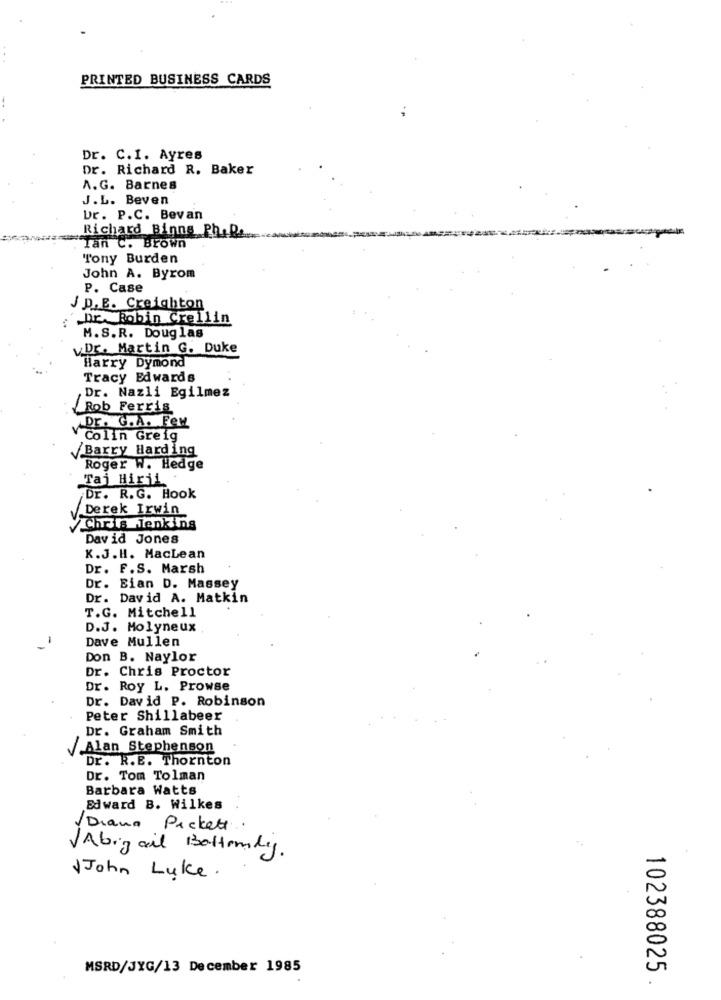
PRINTED BUSINESS CARDS
Dr. C.I. Ayres
Dr. Richard R. Baker
A.G. Barnes
J.L. Beven
Ur. P.C. Bevan
Richard Binns Ph.D ....
Tan C. Brown
Tony Burden
John A. Byrom
P. Case
J p. E. Creighton
Dr. Robin Crellin
M.S.R. Douglas
Dr. Martin G. Duke
Harry Dymond
Tracy Edwards
Dr. Nazli Egilmez
Rob Ferris
Dr. G.A. Few
Colin Greig
/Barry Harding
Roger w. Hedge
Taj Hirii
Dr. R.G. Hook
Derek Irwin
Chris Jenkins
David Jones
K.J.H. MacLean
Dr. F.S. Marsh
Dr. Bian D. Massey
Dr. David A. Matkin
T.G. Mitchell
D.J. Molyneux
Dave Mullen
Don B. Naylor
Dr. Chris Proctor
Dr. Roy L. Prowse
Dr. David P. Robinson
Peter Shillabeer
Dr. Graham Smith
Alan Stephenson
Dr. R.E. Thornton
Dr. Tom Tolman
Barbara Watts
Edward B. Wilkes
/Diana Pickett
VAbigail Bottomly
John Luke.
MSRD/JYG/13 December 1985
102388025